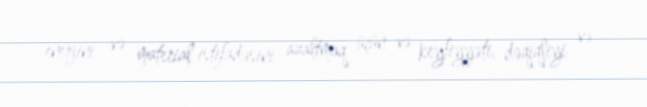
enerjini və material istifadəsini azaltmaq üçün və keyfiyyəti, dəqiqliyi və